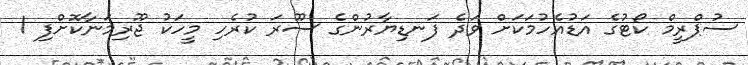
ސުޕްރީމް ކޯޓުގެ އަޑުއެހުމަކަށް ވަދެ ފަނޑިޔާރުންގެ ސޫރަ ކުރެހި މީހަކު ޖޫރިމަނާކޮށްފި 1